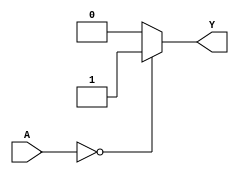
`timescale 1ns / 1ps

module equal_to_zero_8bit(

    input [7:0] A,
    output reg Y);
	
    always @(*)
        if(A == 0)
	    begin
	        Y = 1;
	    end
	else
            begin
	        Y = 0;
	    end
endmodule